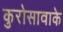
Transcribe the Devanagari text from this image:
कुरोसावाके